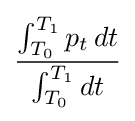
{\frac {\int _{T_{0}}^{T_{1}}p_{t}\,dt}{\int _{T_{0}}^{T_{1}}dt}}